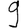
Digit: 9